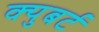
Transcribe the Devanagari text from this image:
क्युबर्ट